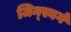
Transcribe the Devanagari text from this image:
जिन्स्बर्ग